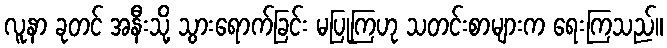
လူနာ ခုတင် အနီးသို့ သွားရောက်ခြင်း မပြုကြဟု သတင်းစာများက ရေးကြသည်။